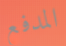
المدفع